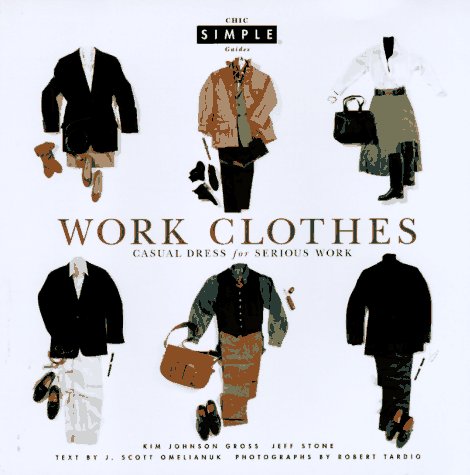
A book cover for Work Clothes (Chic Simple): Casual  Dress for Serious Work (Chic Simple Guides); Kim Johnson Gross; Business & Money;